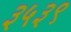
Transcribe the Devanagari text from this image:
३५३९